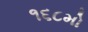
૧૬૮મો